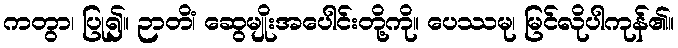
ကတွာ၊ ပြု၍။ ဉာတိံ၊ ဆွေမျိုးအပေါင်းတို့ကို။ ပေဿမု၊ မြင်လိုပါကုန်၏။